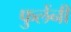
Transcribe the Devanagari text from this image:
फुलेंनी